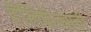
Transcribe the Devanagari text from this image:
हॅलिफॅक्सची